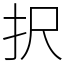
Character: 択